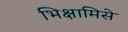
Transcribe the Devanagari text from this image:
भिक्षामिसे